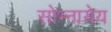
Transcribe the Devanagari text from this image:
सोभ्नायेय